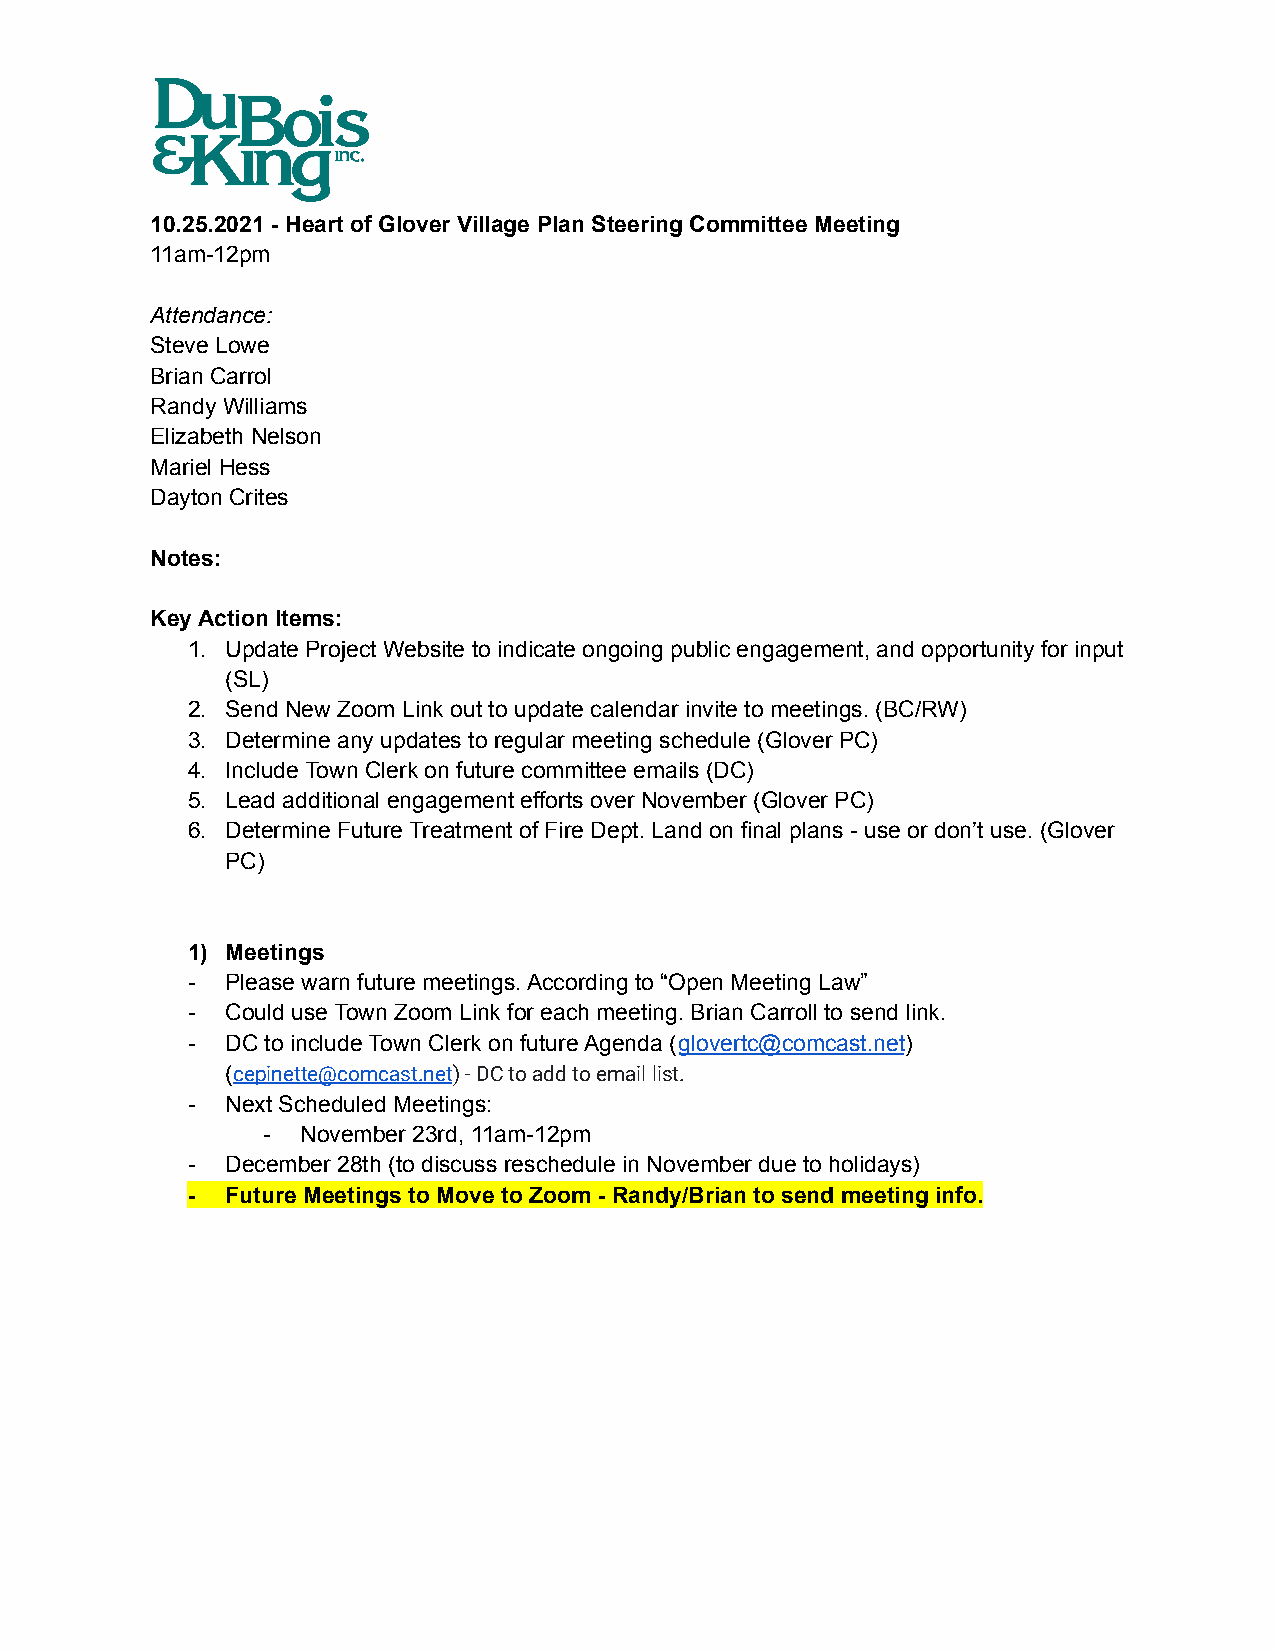
10.25.2021 - Heart of Glover Village Plan Steering Committee Meeting
 11am-12pm
 Attendance:
 Steve Lowe
 Brian Carrol
 Randy Williams
 Elizabeth Nelson
 Mariel Hess
 Dayton Crites
 Notes:
 Key Action Items:
 1. Update Project Website to indicate ongoing public engagement, and opportunity for input
 (SL)
 2. Send New Zoom Link out to update calendar invite to meetings. (BC/RW)
 3. Determine any updates to regular meeting schedule (Glover PC)
 4. Include Town Clerk on future committee emails (DC)
 5. Lead additional engagement efforts over November (Glover PC)
 6. Determine Future Treatment of Fire Dept. Land on final plans - use or don’t use. (Glover
 PC)
 1) Meetings
 -  Please warn future meetings. According to “Open Meeting Law”
 -  Could use Town Zoom Link for each meeting. Brian Carroll to send link.
 -  DC to include Town Clerk on future Agenda (glovertc@comcast.net)
 (cepinette@comcast.net) - DC to add to email list.
 -  Next Scheduled Meetings:
 -  November 23rd, 11am-12pm
 -  December 28th (to discuss reschedule in November due to holidays)
 -  Future Meetings to Move to Zoom - Randy/Brian to send meeting info.